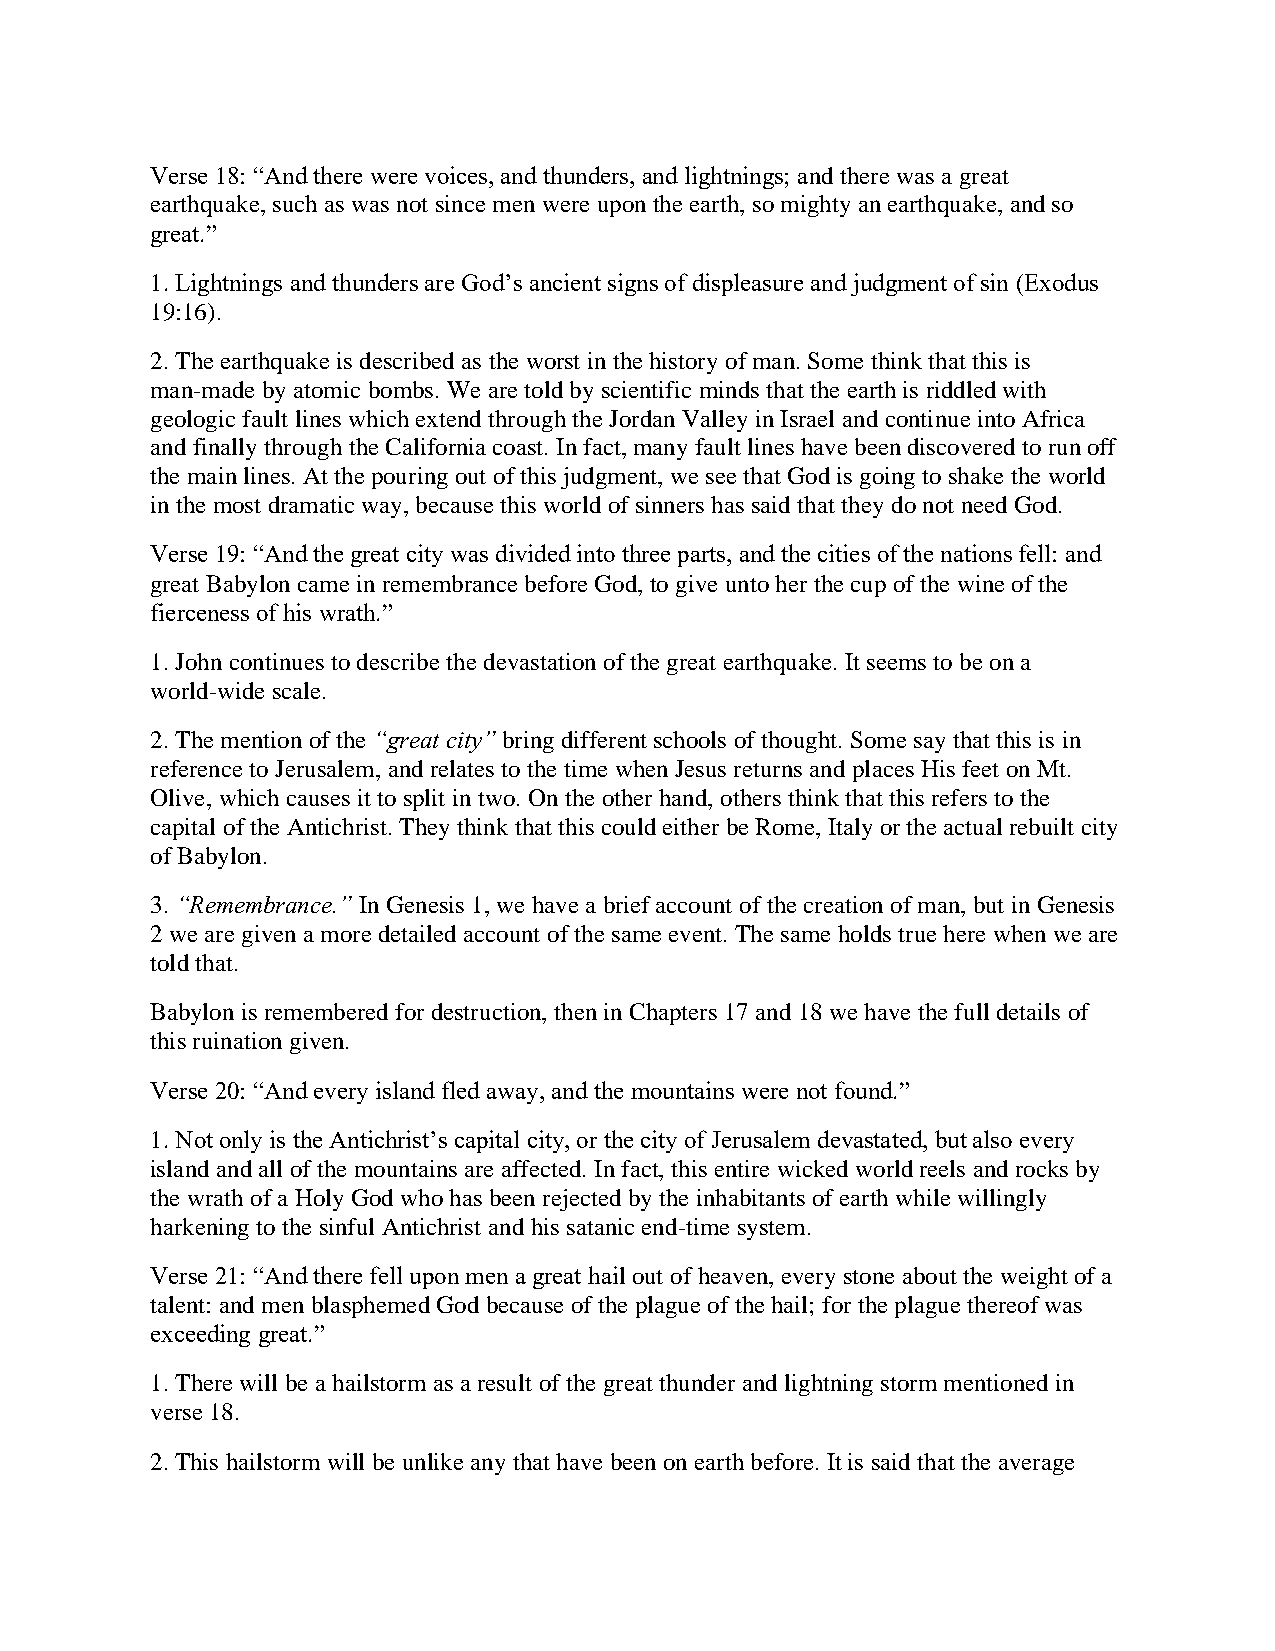
Verse 18: “And there were voices, and thunders, and lightnings; and there was a great
 earthquake, such as was not since men were upon the earth, so mighty an earthquake, and so
 great.”
 1. Lightnings and thunders are God’s ancient signs of displeasure and judgment of sin (Exodus
 19:16).
 2. The earthquake is described as the worst in the history of man. Some think that this is
 man-made by atomic bombs. We are told by scientific minds that the earth is riddled with
 geologic fault lines which extend through the Jordan Valley in Israel and continue into Africa
 and finally through the California coast. In fact, many fault lines have been discovered to run off
 the main lines. At the pouring out of this judgment, we see that God is going to shake the world
 in the most dramatic way, because this world of sinners has said that they do not need God.
 Verse 19: “And the great city was divided into three parts, and the cities of the nations fell: and
 great Babylon came in remembrance before God, to give unto her the cup of the wine of the
 fierceness of his wrath.”
 1. John continues to describe the devastation of the great earthquake. It seems to be on a
 world-wide scale.
 2. The mention of the “great city” bring different schools of thought. Some say that this is in
 reference to Jerusalem, and relates to the time when Jesus returns and places His feet on Mt.
 Olive, which causes it to split in two. On the other hand, others think that this refers to the
 capital of the Antichrist. They think that this could either be Rome, Italy or the actual rebuilt city
 of Babylon.
 3. “Remembrance.” In Genesis 1, we have a brief account of the creation of man, but in Genesis
 2 we are given a more detailed account of the same event. The same holds true here when we are
 told that.
 Babylon is remembered for destruction, then in Chapters 17 and 18 we have the full details of
 this ruination given.
 Verse 20: “And every island fled away, and the mountains were not found.”
 1. Not only is the Antichrist’s capital city, or the city of Jerusalem devastated, but also every
 island and all of the mountains are affected. In fact, this entire wicked world reels and rocks by
 the wrath of a Holy God who has been rejected by the inhabitants of earth while willingly
 harkening to the sinful Antichrist and his satanic end-time system.
 Verse 21: “And there fell upon men a great hail out of heaven, every stone about the weight of a
 talent: and men blasphemed God because of the plague of the hail; for the plague thereof was
 exceeding great.”
 1. There will be a hailstorm as a result of the great thunder and lightning storm mentioned in
 verse 18.
 2. This hailstorm will be unlike any that have been on earth before. It is said that the average